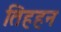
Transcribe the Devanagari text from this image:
तिहहन